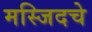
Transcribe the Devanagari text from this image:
मस्जिदचे